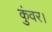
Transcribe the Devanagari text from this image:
कुंवर।